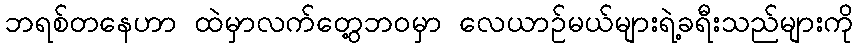
ဘရစ်တနေဟာ ထဲမှာလက်တွေ့ဘဝမှာ လေယာဉ်မယ်များရဲ့ခရီးသည်များကို